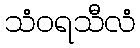
သံဝရသီလံ